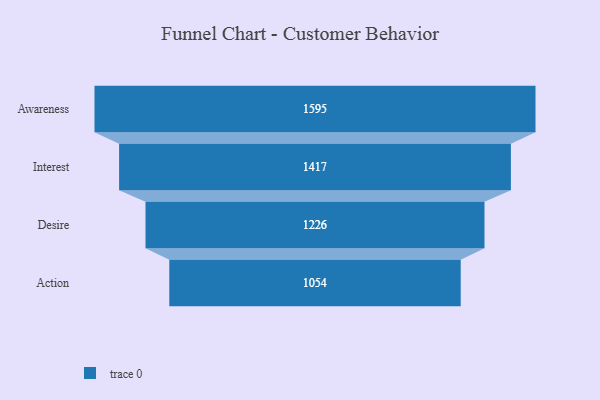
{"axis": {"x": "Stage", "y": "Value"}, "legend": [""], "data": [{"x": "Awareness", "y": 1595.0, "type": ""}, {"x": "Interest", "y": 1417.0, "type": ""}, {"x": "Desire", "y": 1226.0, "type": ""}, {"x": "Action", "y": 1054.0, "type": ""}]}